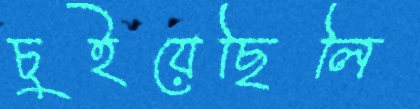
চুইয়েছিলি